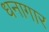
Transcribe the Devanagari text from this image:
धनागार